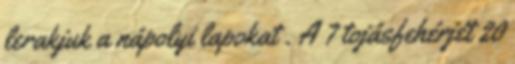
lerakjuk a nápolyi lapokat . A 7 tojásfehérjét 20